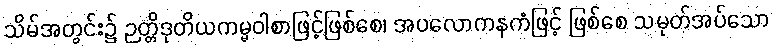
သိမ်အတွင်း၌ ဉတ္တိဒုတိယကမ္မဝါစာဖြင့်ဖြစ်စေ၊ အပလောကနကံဖြင့် ဖြစ်စေ သမုတ်အပ်သော